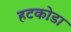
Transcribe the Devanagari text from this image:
हटकोडा